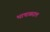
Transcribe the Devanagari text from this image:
भाषाबदल